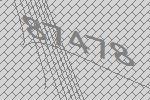
87478